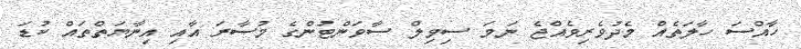
ހާއްސަ ހާލަތެއް މެދުވެރިވެއްޖެ ނަމަ ސިވިލް ސާވަންޓުންގެ މުސާރަ އާއި އިނާޔަތްތައް ކުޑަ